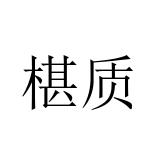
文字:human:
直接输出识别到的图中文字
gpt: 椹质